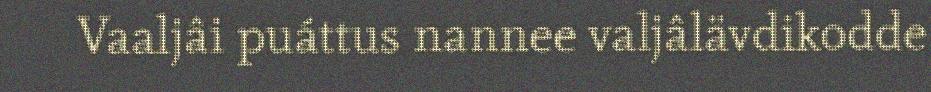
Vaaljâi puáttus nannee valjâlävdikodde